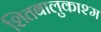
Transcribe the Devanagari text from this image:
शितबालुकाश्म